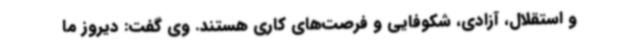
و استقلال، آزادی، شکوفایی و فرصت‌های کاری هستند. وی گفت: دیروز ما